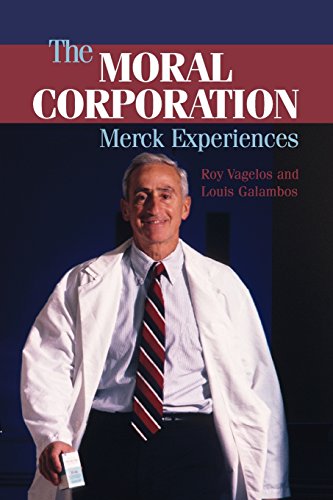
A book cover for The Moral Corporation: Merck Experiences; P. Roy Vagelos; Business & Money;